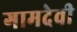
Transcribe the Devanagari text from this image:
गामदेवी